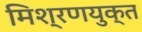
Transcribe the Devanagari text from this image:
मिश्रणयुक्त